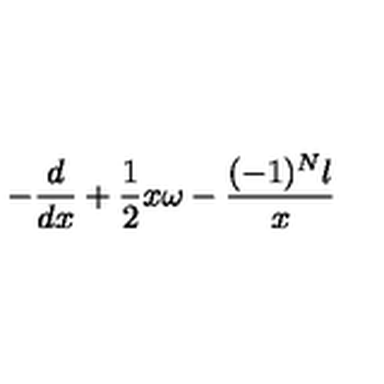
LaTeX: - \frac { d } { d x } + \frac { 1 } { 2 } x \omega - \frac { ( - 1 ) ^ { N } l } { x }